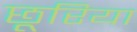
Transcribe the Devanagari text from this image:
छूरिया